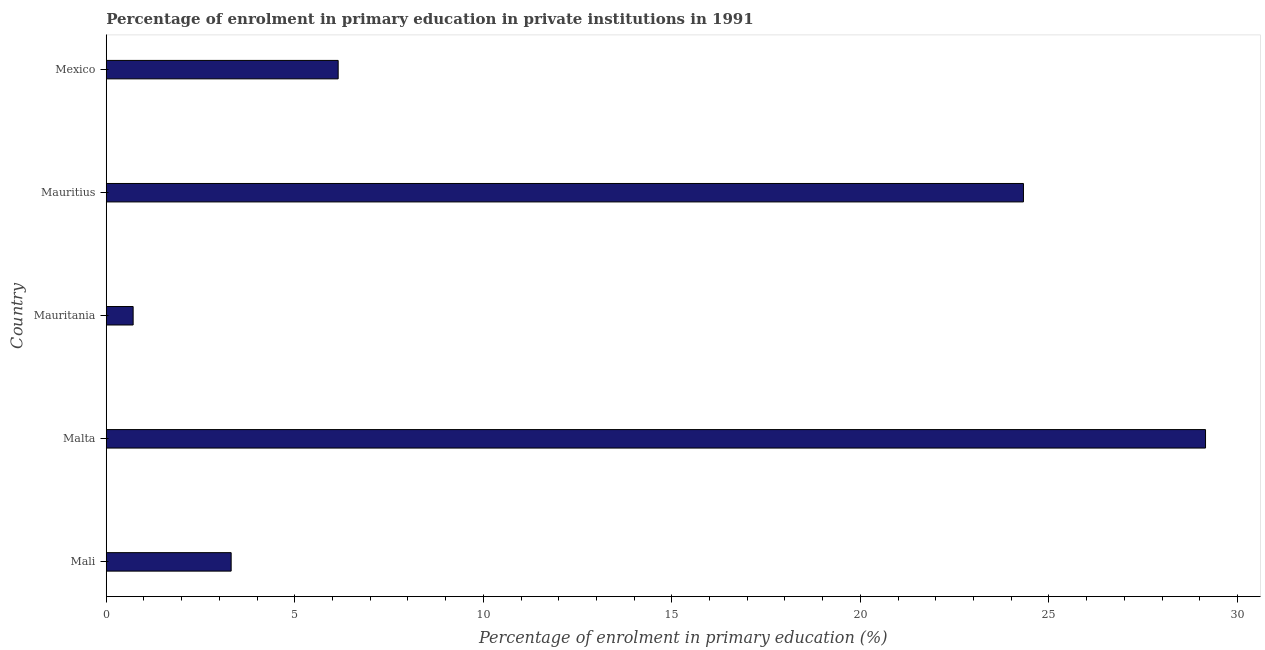
| Country | Enrolment  |
 | --- | --- |
 | Mali | 3.31 |
 | Malta | 29.2 |
 | Mauritania | 0.713 |
 | Mauritius | 24.3 |
 | Mexico | 6.15 |